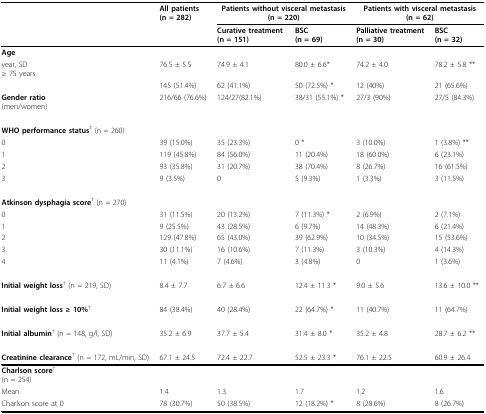
<table><thead><tr><td></td><td><b>All patients (n = 282)</b></td><td colspan="2"><b>Patients without visceral metastasis (n = 220)</b></td><td colspan="2"><b>Patients with visceral metastasis (n = 62)</b></td></tr><tr><td></td><td></td><td><b>Curative treatment (n = 151)</b></td><td><b>BSC(n = 69)</b></td><td><b>Palliative treatment (n = 30)</b></td><td><b>BSC(n = 32)</b></td></tr></thead><tbody><tr><td><b>Age</b></td><td></td><td></td><td></td><td></td><td></td></tr><tr><td>year, SD≥ 75 years</td><td>76.5 ± 5.5</td><td>74.9 ± 4.1</td><td>80.0 ± 6.6*</td><td>74.2 ± 4.0</td><td>78.2 ± 5.8 **</td></tr><tr><td></td><td>145 (51.4%)</td><td>62 (41.1%)</td><td>50 (72.5%) *</td><td>12 (40%)</td><td>21 (65.6%)</td></tr><tr><td><b>Gender ratio</b>(men/women)</td><td>216/66 (76.6%)</td><td>124/27(82.1%)</td><td>38/31 (55.1%) *</td><td>27/3 (90%)</td><td>27/5 (84.3%)</td></tr><tr><td><b>WHO performance status</b><sup>‡ </sup>(n = 260)</td><td></td><td></td><td></td><td></td><td></td></tr><tr><td>0</td><td>39 (15.0%)</td><td>35 (23.3%)</td><td>0 *</td><td>3 (10.0%)</td><td>1 (3.8%) **</td></tr><tr><td>1</td><td>119 (45.8%)</td><td>84 (56.0%)</td><td>11 (20.4%)</td><td>18 (60.0%)</td><td>6 (23.1%)</td></tr><tr><td>2</td><td>93 (35.8%)</td><td>31 (20.7%)</td><td>38 (70.4%)</td><td>8 (26.7%)</td><td>16 (61.5%)</td></tr><tr><td>3</td><td>9 (3.5%)</td><td>0</td><td>5 (9.3%)</td><td>1 (3.3%)</td><td>3 (11.5%)</td></tr><tr><td><b>Atkinson dysphagia score</b><sup>† </sup>(n = 270)</td><td></td><td></td><td></td><td></td><td></td></tr><tr><td>0</td><td>31 (11.5%)</td><td>20 (13.2%)</td><td>7 (11.3%) *</td><td>2 (6.9%)</td><td>2 (7.1%)</td></tr><tr><td>1</td><td>9 (25.5%)</td><td>43 (28.5%)</td><td>6 (9.7%)</td><td>14 (48.3%)</td><td>6 (21.4%)</td></tr><tr><td>2</td><td>129 (47.8%)</td><td>65 (43.0%)</td><td>39 (62.9%)</td><td>10 (34.5%)</td><td>15 (53.6%)</td></tr><tr><td>3</td><td>30 (11.1%)</td><td>16 (10.6%)</td><td>7 (11.3%)</td><td>3 (10.3%)</td><td>4 (14.3%)</td></tr><tr><td>4</td><td>11 (4.1%)</td><td>7 (4.6%)</td><td>3 (4.8%)</td><td>0</td><td>1 (3.6%)</td></tr><tr><td><b>Initial weight loss</b><sup>† </sup>(n = 219, SD)</td><td>8.4 ± 7.7</td><td>6.7 ± 6.6</td><td>12.4 ± 11.3 *</td><td>9.0 ± 5.6</td><td>13.6 ± 10.0 **</td></tr><tr><td><b>Initial weight loss ≥ 10%</b><sup>†</sup></td><td>84 (38.4%)</td><td>40 (28.4%)</td><td>22 (64.7%) *</td><td>11 (40.7%)</td><td>11 (64.7%)</td></tr><tr><td><b>Initial albumin</b><sup>† </sup>(n = 148, g/l, SD)</td><td>35.2 ± 6.9</td><td>37.7 ± 5.4</td><td>31.4 ± 8.0 *</td><td>35.2 ± 4.8</td><td>28.7 ± 6.2 **</td></tr><tr><td><b>Creatinine clearance</b><sup>† </sup>(n = 172, mL/min, SD)</td><td>67.1 ± 24.5</td><td>72.4 ± 22.7</td><td>52.5 ± 23.3 *</td><td>76.1 ± 22.5</td><td>60.9 ± 26.4</td></tr><tr><td><b>Charlson score</b><sup>†</sup>(n = 254)</td><td></td><td></td><td></td><td></td><td></td></tr><tr><td>Mean</td><td>1.4</td><td>1.3</td><td>1.7</td><td>1.2</td><td>1.6</td></tr><tr><td>Charlson score at 0</td><td>78 (30.7%)</td><td>50 (38.5%)</td><td>12 (18.2%) *</td><td>8 (28.6%)</td><td>8 (26.7%)</td></tr></tbody></table>